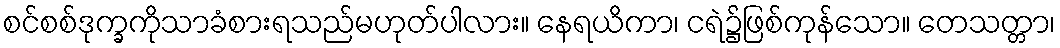
စင်စစ်ဒုက္ခကိုသာခံစားရသည်မဟုတ်ပါလား။ နေရယိကာ၊ ငရဲ၌ဖြစ်ကုန်သော။ တေသတ္တာ၊